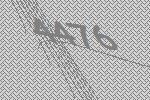
4476